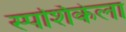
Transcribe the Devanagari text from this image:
स्पर्शिकेला